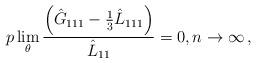
LaTeX: \begin{align*} p\lim_\theta \frac{\left(\hat{G}_{111} - \frac{1}{3}\hat{L}_{111}\right)}{\hat{L}_{11}} = 0, n \rightarrow \infty \,, \end{align*}